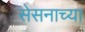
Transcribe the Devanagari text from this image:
सेसनाच्या